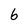
Character: 6